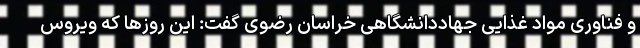
و فناوری مواد غذایی جهاددانشگاهی خراسان رضوی گفت: این روزها که ویروس